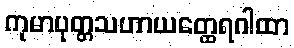
ကုမာပုတ္တသဟာယတ္ထေရဂါထာ